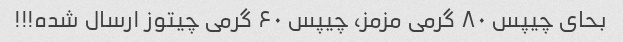
بحای چیپس ۸۰ گرمی مزمز، چیپس ۶۰ گرمی چیتوز ارسال شده!!!